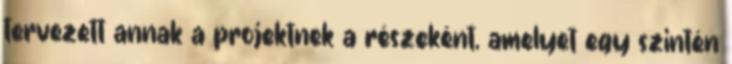
tervezett annak a projektnek a részeként, amelyet egy szintén